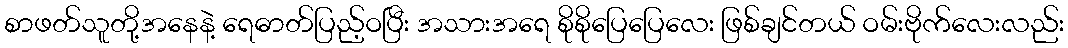
စာဖတ်သူတို့အနေနဲ့ ရေဓာတ်ပြည့်ဝပြီး အသားအရေ စိုစိုပြေပြေလေး ဖြစ်ချင်တယ် ဝမ်းဗိုက်လေးလည်း